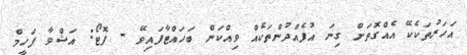
އަހަރުތަކެކޭ އެއްގޮތަށް ގިނަ އުފެއްދުންތަކެއް ވިއްކަން ބަހައްޓާފައިވޭ - ފޮޓޯ: އަޝްވާ ފަހީމް